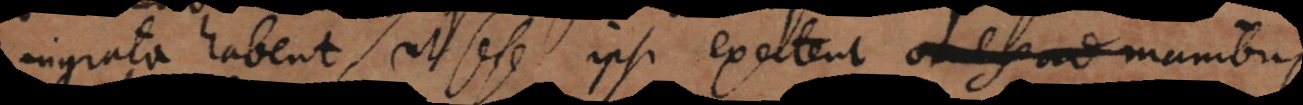
ingrata habent, ut sese ipsi excitent, manibus